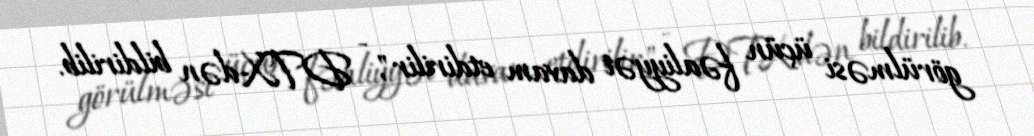
görülməsi üçün fəaliyyət davam etdirilir", - DTX-dən bildirilib.